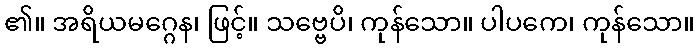
၏။ အရိယမဂ္ဂေန၊ ဖြင့်။ သဗ္ဗေပိ၊ ကုန်သော။ ပါပကေ၊ ကုန်သော။